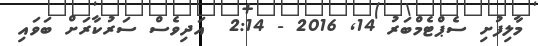
މާލިފުށި ސެޕްޓެމްބަރު 14